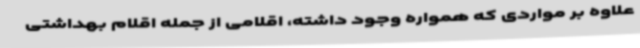
علاوه بر مواردی که همواره وجود داشته، اقلامی از جمله اقلام بهداشتی